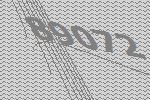
89072